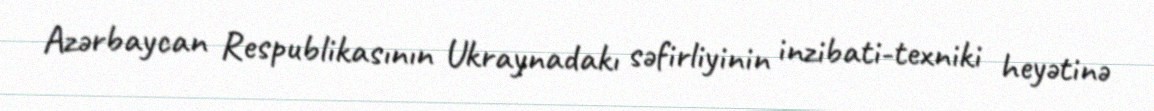
Azərbaycan Respublikasının Ukraynadakı səfirliyinin inzibati-texniki heyətinə